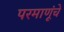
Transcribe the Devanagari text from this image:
परमाणूंचे